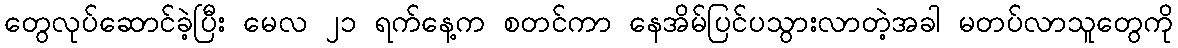
တွေလုပ်ဆောင်ခဲ့ပြီး မေလ ၂၁ ရက်နေ့က စတင်ကာ နေအိမ်ပြင်ပသွားလာတဲ့အခါ မတပ်လာသူတွေကို